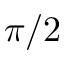
\pi / 2